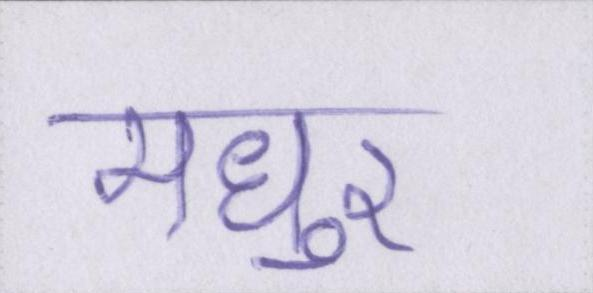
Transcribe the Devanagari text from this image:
मधुर